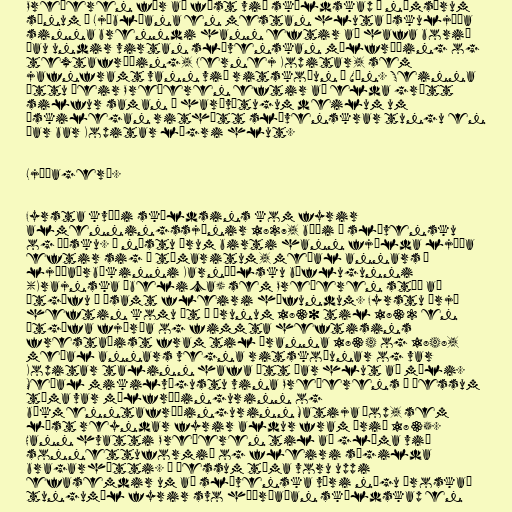
Prešeren fór að fást við skáldskap á námsárum
sínum í Ljúblíana en mestan hluta æskuljóða
sinna brenndi hann eftir að hafa borið
þau undir virtan slóvenskan málfræðing og
textafræðing, Jernej Kopitar, sem
jafnframt vann við ritskoðun í Vín. Seinna
áttu þeir Prešeren eftir að elda grátt
silfur saman í harðvítugum deilum um
æskilegan rithátt slóvenskrar tungu en
þar bar Kopitar lægri hlut.

Ljóðagerð.

Fyrsta kvæði skáldsins kom fyrir
almenningssjónir 1827, bæði á slóvensku
og þýsku. Á næstu árum birti hann fjölda ljóða
eftir sig í tímaritum, meðal annars í
ljóðaárbókinni Karníólsku býflugunni
(Krajnska čbelica) sem Prešeren stóð að
útgáfu á ásamt fleiri höfundum. Fyrstu þrjú
heftin komu út á árunum 1830 til 1832 en
útgáfa fjórða og fimmta heftisins
frestaðist fram til áranna 1834 og 1848,
meðal annars vegna ritskoðunar og var
Kopitar talinn hafa átt þar hlut að máli.
Meðal mikilvægustu vina Prešerens á þessum
tíma var málfræðingurinn og
bókmenntafræðingurinn Matija Čop, sem
lést reyndar fyrir aldur fram árið 1835.
Hann hvatti Prešeren til að glíma við
sonnettuformið og fleiri sígilda
bragarhætti. Á þessum tíma voru uppi
efasemdir um að slóvenska væri nógu þroskað
tungumál fyrir svo háþróaðan skáldskap en